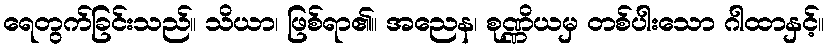
ရေတွက်ခြင်းသည်။ သိယာ၊ ဖြစ်ရာ၏။ အညေန၊ စုဏ္ဏိယမှ တစ်ပါးသော ဂါထာနှင့်။